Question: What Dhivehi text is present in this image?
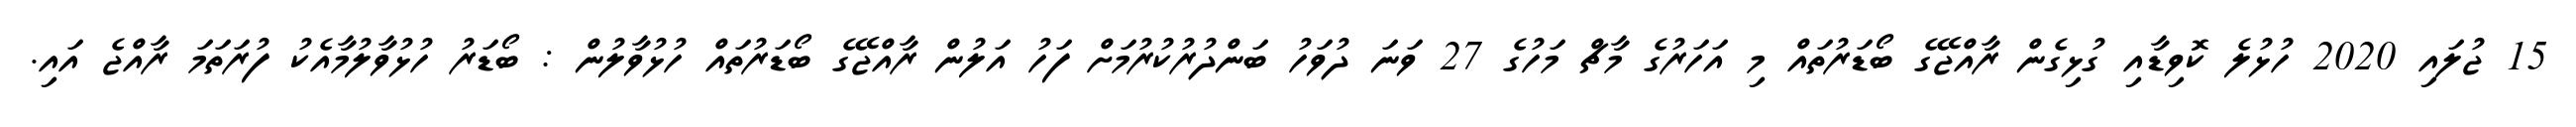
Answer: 15 ޖުލައި 2020 ހުޅުލެ ކޮވިޑާއި ގުޅިގެން ރާއްޖޭގެ ބޯޑަރުތައް މި އަހަރުގެ މާޗް މަހުގެ 27 ވަނަ ދުވަހު ބަންދުރުކުރުމަށް ފަހު އަލުން ރާއްޖޭގެ ބޯޑަރުތައް ހުޅުވާލުން : ބޯޑަރު ހުޅުވާލުމާއެކު ފުރަތަމަ ރާއްޖެ އައި.